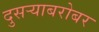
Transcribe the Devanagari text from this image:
दुसर्‍याबरोबर